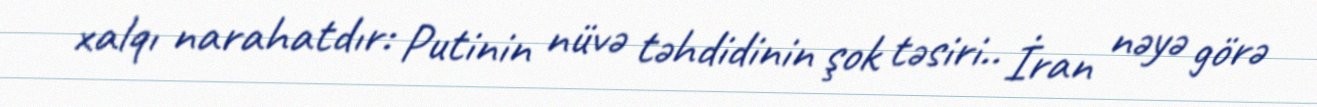
xalqı narahatdır: Putinin nüvə təhdidinin şok təsiri.. İran nəyə görə